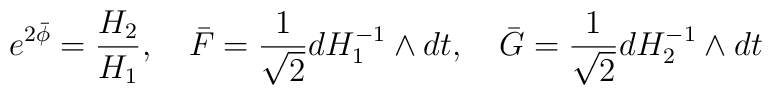
e^{2\bar \phi} = { H_2 \over H_1},~~~ \bar F = { 1 \over \sqrt 2}dH_1^{-1}\wedge dt,~~~ \bar G = { 1 \over \sqrt 2}dH_2^{-1}\wedge dt